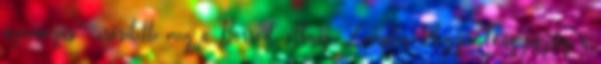
nyomozás – erősítette meg a Borsod-Abaúj-Zemplén Megyei Főügyészség a